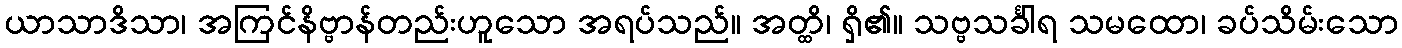
ယာသာဒိသာ၊ အကြင်နိဗ္ဗာန်တည်းဟူသော အရပ်သည်။ အတ္ထိ၊ ရှိ၏။ သဗ္ဗသင်္ခါရ သမထော၊ ခပ်သိမ်းသော